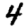
Digit: 4